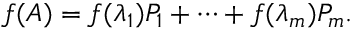
f ( A ) = f ( \lambda _ { 1 } ) P _ { 1 } + \cdots + f ( \lambda _ { m } ) P _ { m } .